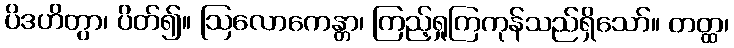
ပိဒဟိတွာ၊ ပိတ်၍။ ဩလောကေန္တာ၊ ကြည့်ရှုကြကုန်သည်ရှိသော်။ တတ္ထ၊